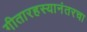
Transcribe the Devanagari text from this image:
गीतारहस्यानंतरचा